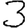
Digit: 3